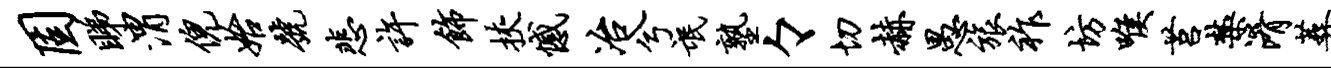
固睇渭倪始号悲许饰挟憾冶兮氓塾々切赫愚旅祚坊喉莒禁淆葬